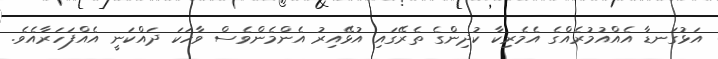
އަޅުގަނޑާ އެއްއުމުރެއްގެ އެމެރިކާ ކުދިންގެ ތެރޭގައި އުޅޭއިރު އެންމެންވެސް ވާހަކަ ދައްކަނީ އެއްފަހަރާއެވެ.